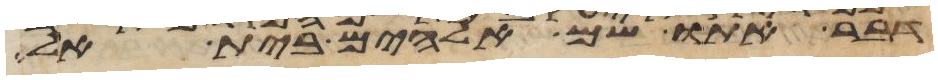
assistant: דבר אתו שם אלהים בית אל